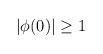
LaTeX: \begin{align*}|\phi(0)|\geq 1\end{align*}